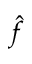
\hat { f }